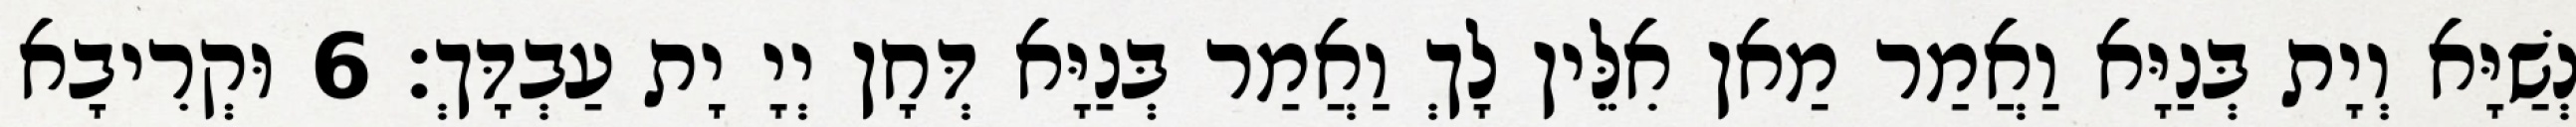
נְשַׁיָּא וְיָת בְּנַיָּא וַאֲמַר מַאן אִלֵּין לָךְ וַאֲמַר בְּנַיָּא דְּחָן יְיָ יָת עַבְדָּךְ׃ 6 וּקְרִיבָא